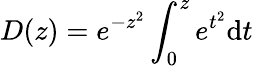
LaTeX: D(z)=e^{-z^{2}}\int_{0}^{z}e^{t^{2}}\mathrm{d}t